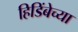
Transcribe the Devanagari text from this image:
हिडिंबेच्या